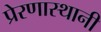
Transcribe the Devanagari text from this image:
प्रेरणास्थानी